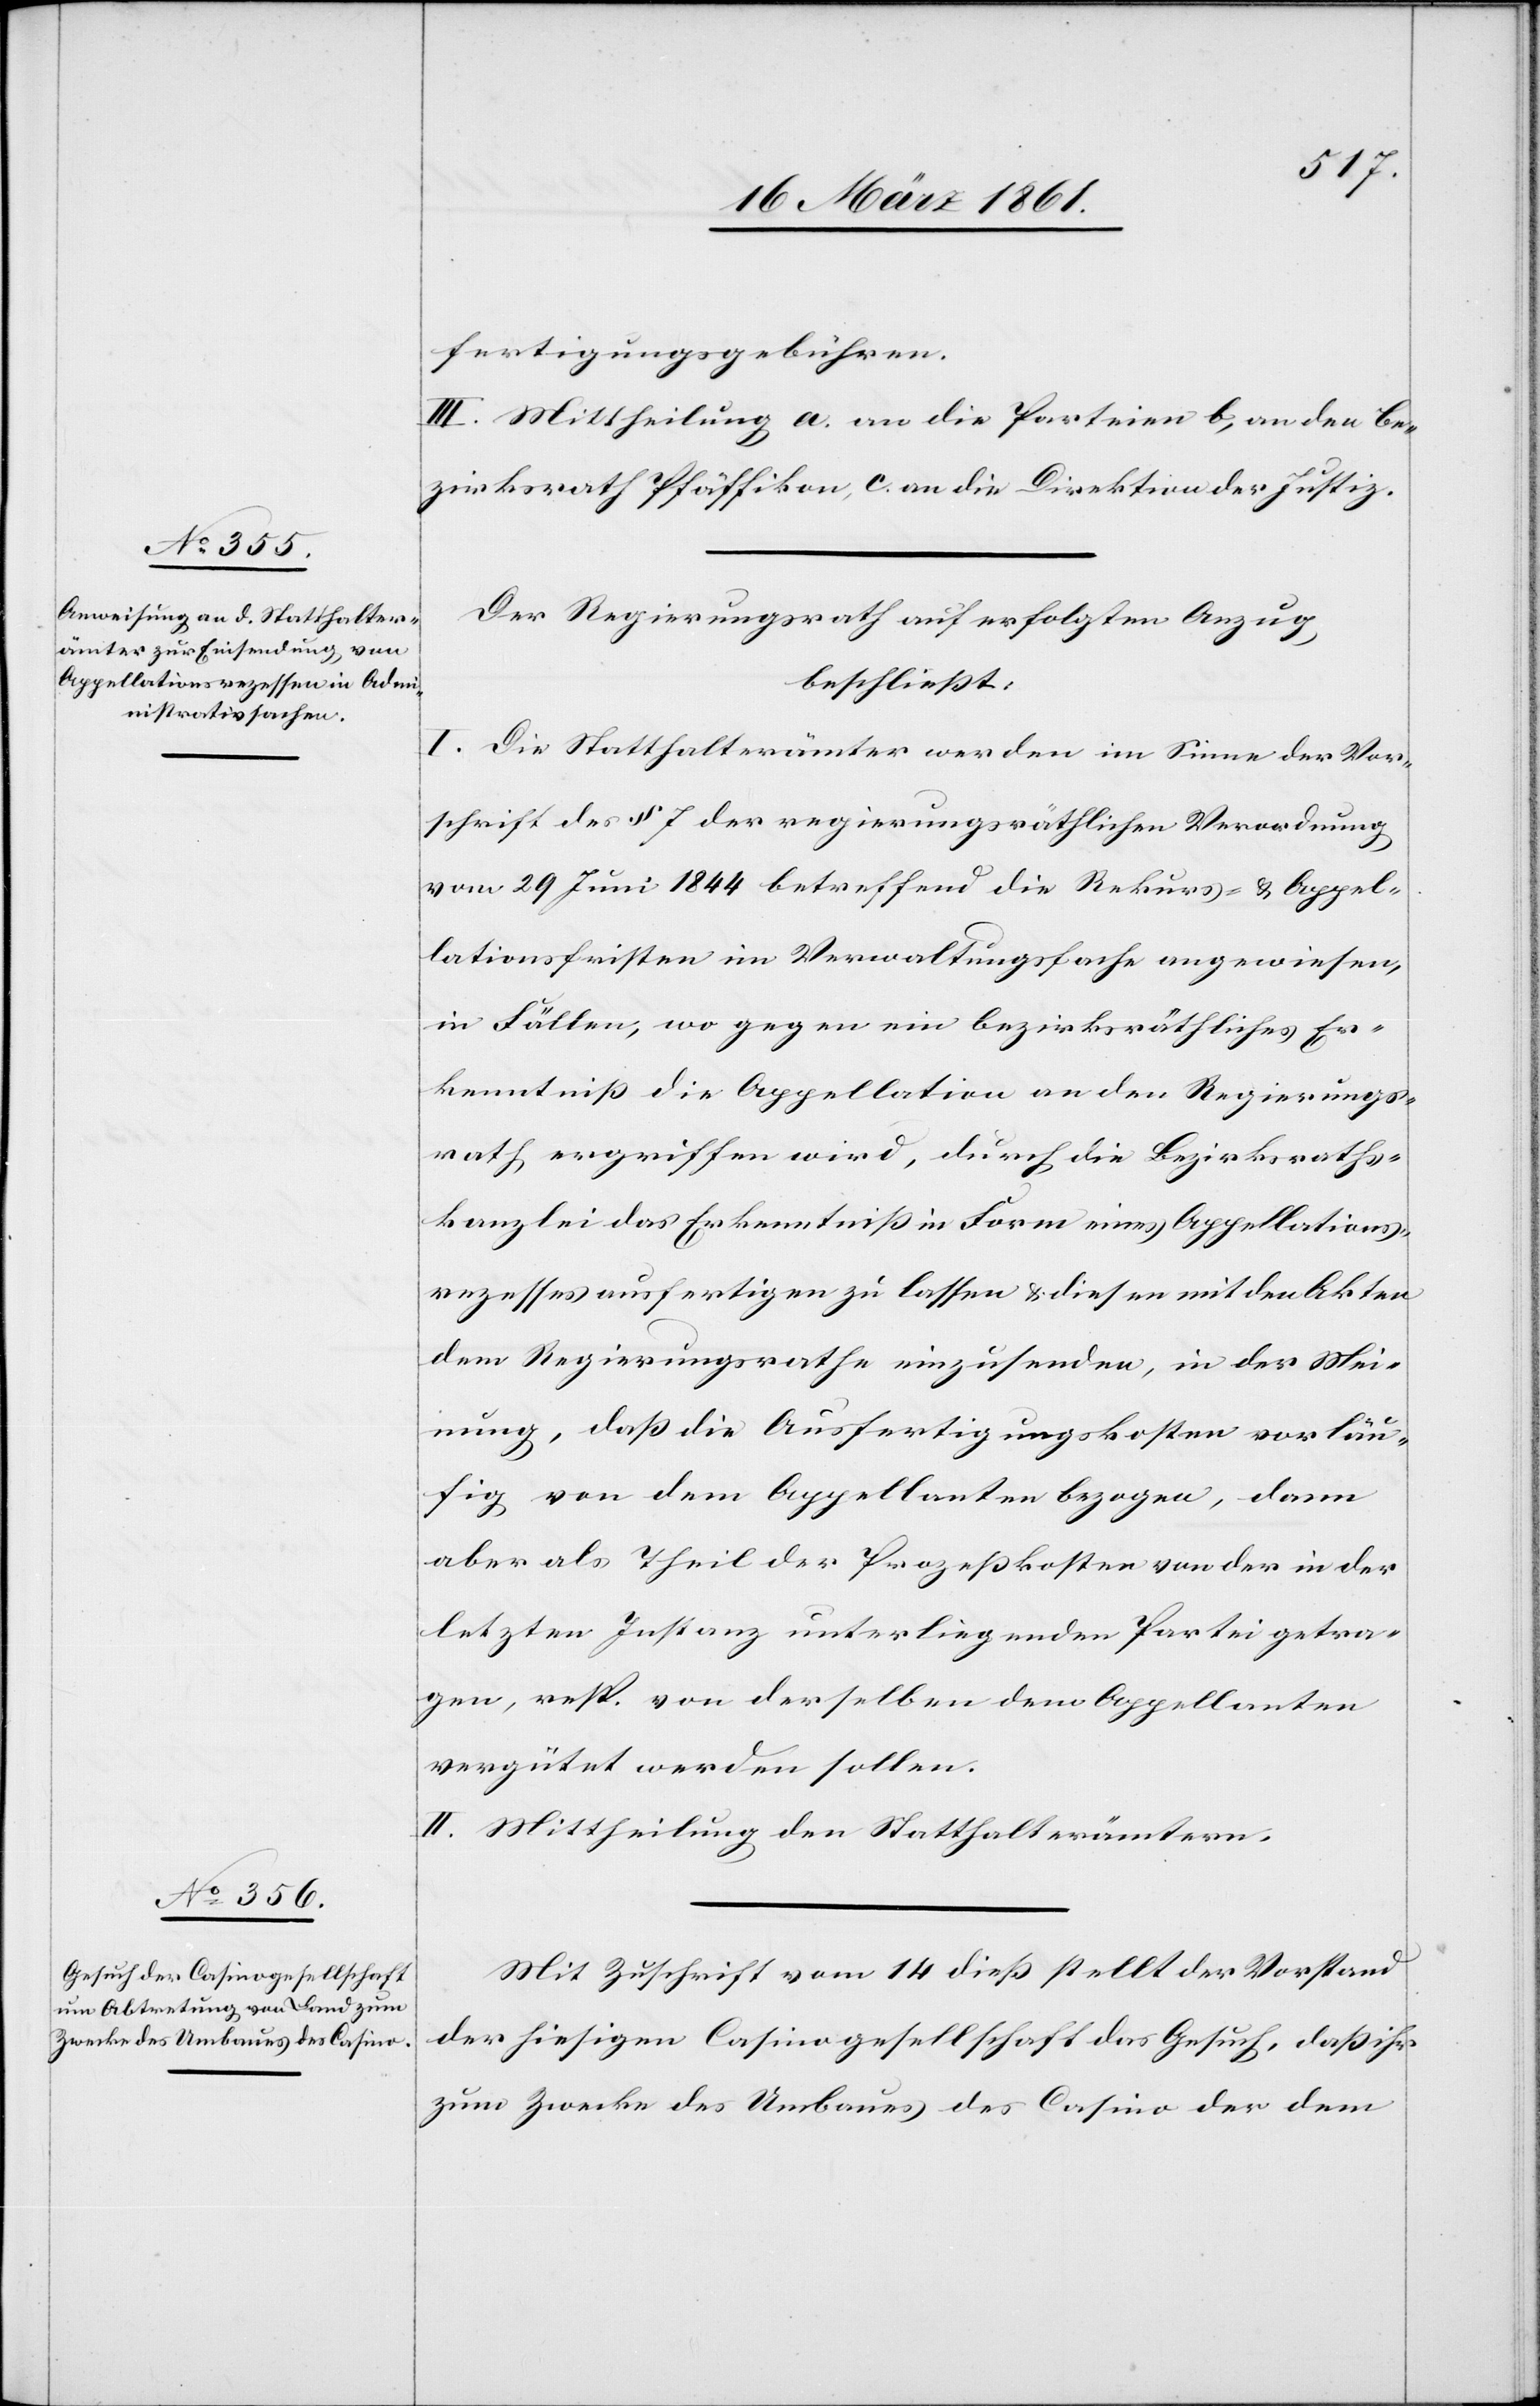
fertigungsgebühren.
III. Mittheilung a. an die Parteien b. an den Be¬
zirksrath Pfäffikon, c. an die Direktion der Justiz.
Der Regierungsrath auf erfolgten Anzug,
beschließt:
I. Die Statthalterämter werden im Sinne der Vor¬
schrift des § 7 der regierungsräthlichen Verordnung
vom 29. Juni 1844 betreffend die Rekurs- u. Appel¬
lationsfristen im Verwaltungsfache angewiesen,
in Fällen, wo gegen ein bezirksräthliches Er¬
kenntniss die Appellation an den Regierungs¬
rath ergriffen wird, durch die Bezirksraths¬
kanzlei das Erkenntniß in Form eines Appellations¬
rezesses ausfertigen zu lassen u. diesen mit den Akten
dem Regierungsrathe einzusenden, in der Mei¬
nung, dass die Ausfertigungskosten vorläu¬
fig von dem Appellanten bezogen, dann
aber als Theil der Prozesskosten von der in der
letzten Instanz unterliegenden Partei getra¬
gen, resp. von derselben dem Appellanten
vergütet werden sollen.
II. Mittheilung den Statthalterämtern.
Mit Zuschrift vom 14 diess stellt der Vorstand
der hiesigen Casinogesellschaft das Gesuch, dass ihr
zum Zwecke des Umbaues des Casino der dem